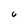
Character: 6